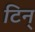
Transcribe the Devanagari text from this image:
टिन्